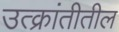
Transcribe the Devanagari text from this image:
उत्क्रांतीतील